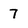
Character: 7